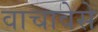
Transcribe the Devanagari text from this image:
वाचावेसे